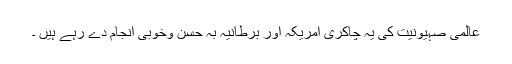
عالمی صہیونیت کی یہ چاکری امریکہ اور برطانیہ بہ حسن وخوبی انجام دے رہے ہیں ۔